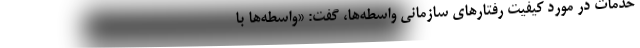
خدمات در مورد کیفیت رفتارهای سازمانی واسطه‌ها، گفت: «واسطه‌ها با